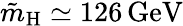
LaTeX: \tilde{m}_{\mathrm{H}}\simeq 126\, \mathrm{GeV}